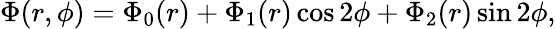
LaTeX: \Phi(r,\phi)=\Phi_{0}(r)+\Phi_{1}(r)\cos 2\phi+\Phi_{2}(r)\sin 2\phi,